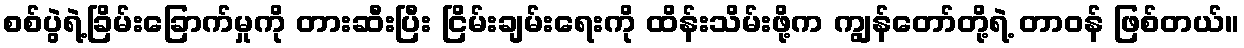
စစ်ပွဲရဲ့ခြိမ်းခြောက်မှုကို တားဆီးပြီး ငြိမ်းချမ်းရေးကို ထိန်းသိမ်းဖို့က ကျွန်တော်တို့ရဲ့ တာဝန် ဖြစ်တယ်။